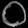
Digit: ၀